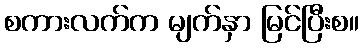
စကားလက်က မျက်နှာ မြင်ပြီးစ။